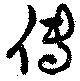
伝